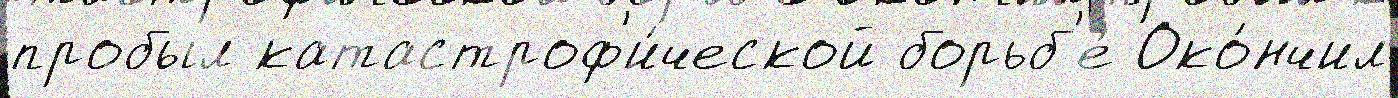
пробыл катастроф'и́ческой борьб'е́ Око́нчил